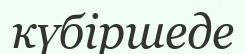
күбіршеде